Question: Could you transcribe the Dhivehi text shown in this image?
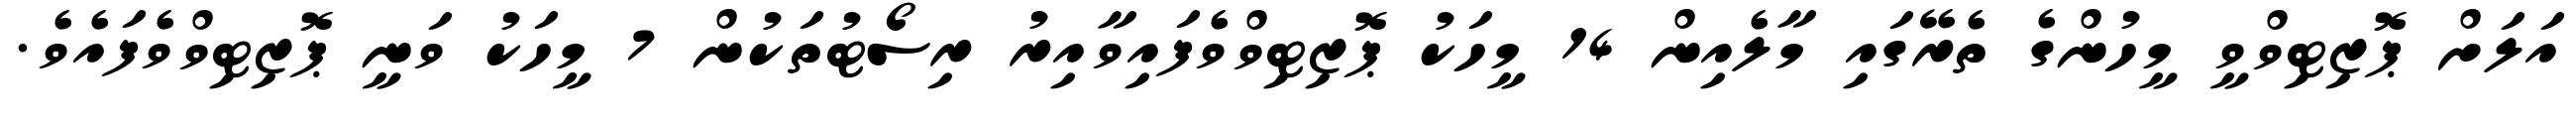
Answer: އަލަށް ޕޮޒިޓިވްވީ މީހުންގެ ތެރޭގައި މާލެއިން 14 މީހަކު ޕޮޒިޓިވްވެފައިވާއިރު ރިސޯޓުތަކުން 7 މީހަކު ވަނީ ޕޮޒިޓިވްވެފައެވެ.